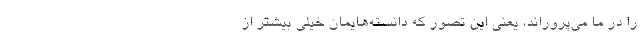
را در ما می‌پروراند، یعنی این تصور که دانسته‌هایمان خیلی بیشتر از